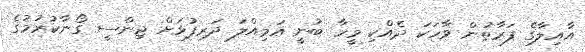
އާއިލާގެ ފަރާތުން ވާހަކަ ދެއްކި މީހާ ބުނީ އަމިއްލަ ދަރިފުޅަށް ޖިންސީ ގޯނާކުރުމުގެ